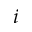
i